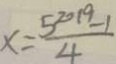
x = \frac { 5 ^ { 2 0 1 9 } - 1 } { 4 }